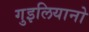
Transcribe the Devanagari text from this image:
गुइलियानो